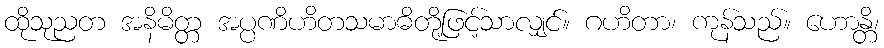
ထိုသုညတ အနိမိတ္တ အပ္ပဏိဟိတသမာဓိတို့ဖြင့်သာလျှင်။ ဂဟိတာ၊ ကုန်သည်။ ဟောန္တိ၊